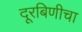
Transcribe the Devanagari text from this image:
दूरबिणीचा